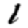
Digit: 1